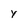
Character: y